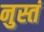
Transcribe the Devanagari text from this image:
नुस्तं